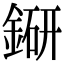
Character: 𨨵